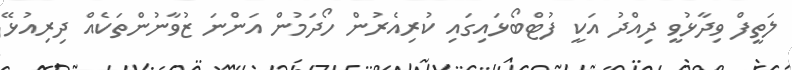
ލަތީފް ވިދާޅުވީ ދިއްދު އަކީ ފުޓްބޯޅައިގައި ކުރިއެރުން ހޯދަމުން އަންނަ ޒުވާނުންތަކެއް ދިރިއުޅޭ